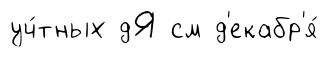
уч́тных дЯ см д'екабр'я́